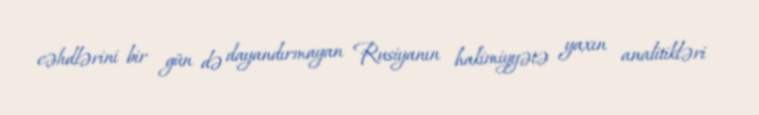
cəhdlərini bir gün də dayandırmayan Rusiyanın hakimiyyətə yaxın analitikləri